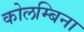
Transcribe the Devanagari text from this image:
कोलम्बिना